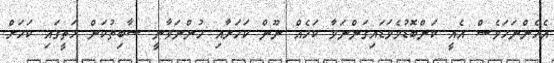
އެހެންނަމަވެސް އެއީ ކަންބޮޑުވެވަޑައިގަންނަވާ ކަމެއް ނޫން ކަމަށާއި ހުންނަވާނީ ސާބިތުކަން މަތީގައި ކަމަށް